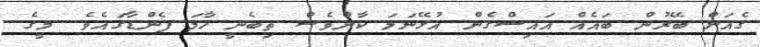
ގެއަށް ބޭރުން ބައެއް އައިސްގެން އުޅޭނަމަ ކާންވެސް ތިބެނީ ހާމަ ފެންޑާގައެވެ. މީގެ